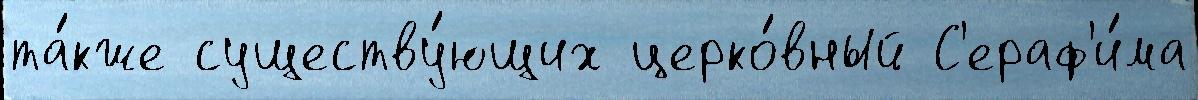
та́кже существу́ющих церко́вный С'ераф'и́ма